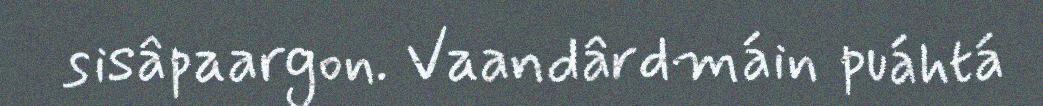
sisâpaargon. Vaandârdmáin puáhtá